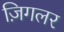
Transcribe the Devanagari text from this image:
ज़िगलर